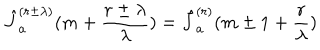
\hat { J } _ { a } ^ { ( r \pm \lambda ) } ( m + \frac { r \pm \lambda } { \lambda } ) = \hat { J } _ { a } ^ { ( r ) } ( m \pm 1 + \frac { r } { \lambda } )